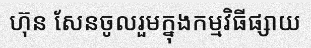
ហ៊ុន សែនចូលរួមក្នុងកម្មវិធីផ្សាយ